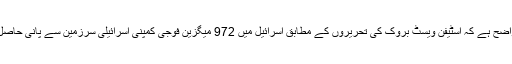
اس کی بالکل واضح ہے کہ اسٹیفن ویسٹ بروک کی تحریروں کے مطابق اسرائیل میں 972 میگزین فوجی کمپنی اسرائیلی سرزمین سے پانی حاصل کر رہی ہے ۔